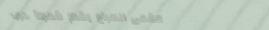
مقهى الصباح يقدم قهوة عرب